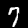
Label: 7